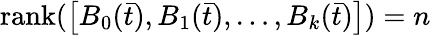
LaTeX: {\textrm{rank}}(\left[B_{0}({\bar{t}}),B_{1}({\bar{t}}),\ldots,B_{k}({\bar{t}})\right])=n